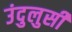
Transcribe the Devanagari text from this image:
उंदुलुसी